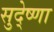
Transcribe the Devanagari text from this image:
सुदे्ष्णा